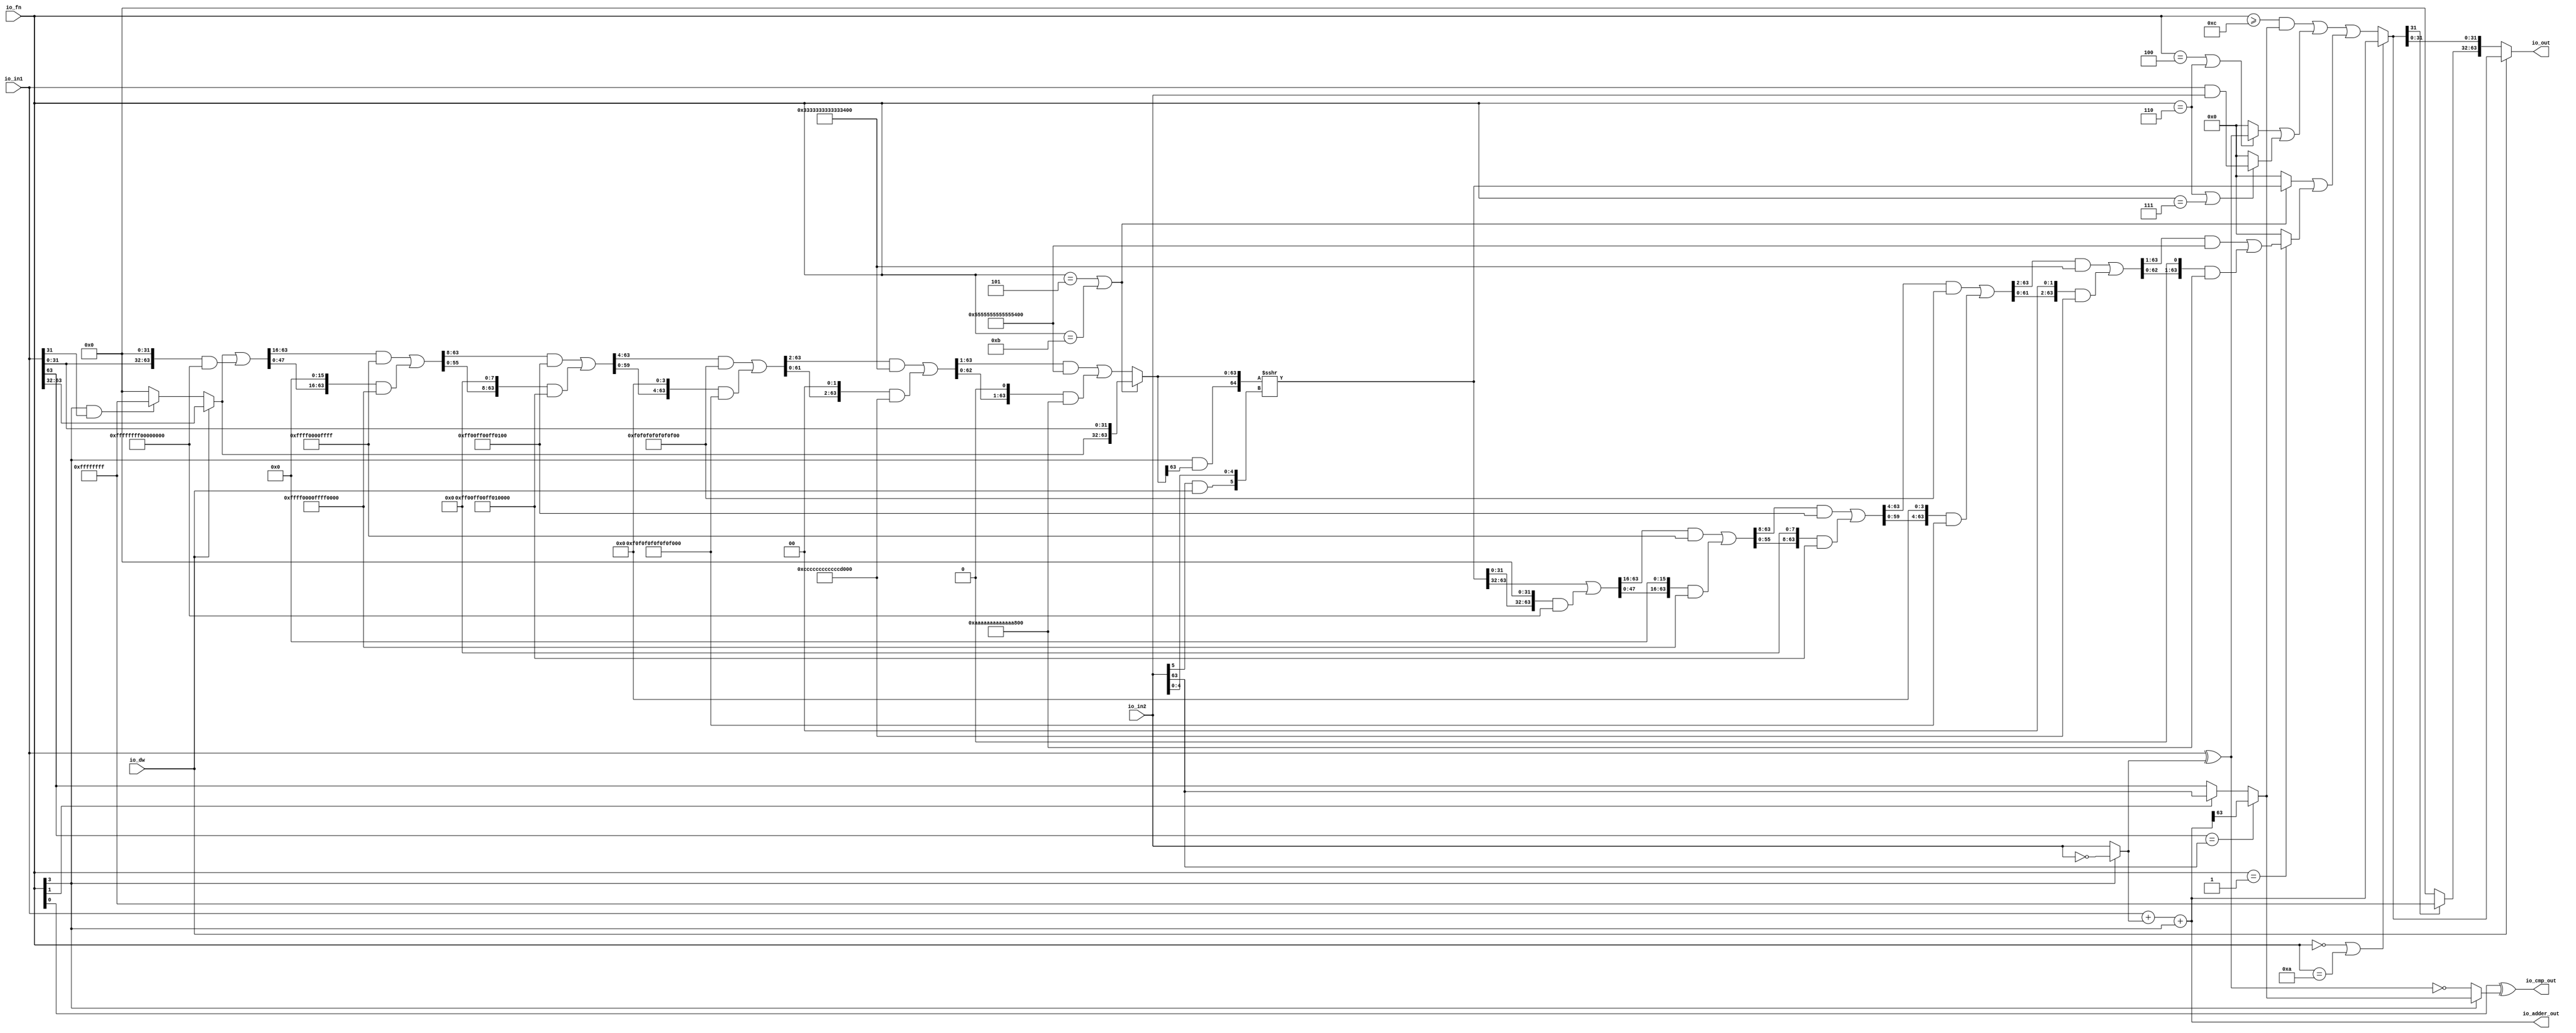
module ALU(
  input         io_dw,
  input  [3:0]  io_fn,
  input  [63:0] io_in2,
  input  [63:0] io_in1,
  output [63:0] io_out,
  output [63:0] io_adder_out,
  output        io_cmp_out
);
  wire [63:0] _in2_inv_T_1 = ~io_in2; // @[ALU.scala 62:35]
  wire [63:0] in2_inv = io_fn[3] ? _in2_inv_T_1 : io_in2; // @[ALU.scala 62:20]
  wire [63:0] in1_xor_in2 = io_in1 ^ in2_inv; // @[ALU.scala 63:28]
  wire [63:0] _io_adder_out_T_1 = io_in1 + in2_inv; // @[ALU.scala 64:26]
  wire [63:0] _GEN_1 = {{63'd0}, io_fn[3]}; // @[ALU.scala 64:36]
  wire  _slt_T_7 = io_fn[1] ? io_in2[63] : io_in1[63]; // @[ALU.scala 69:8]
  wire  slt = (io_in1[63]) == (io_in2[63]) ? io_adder_out[63] : _slt_T_7; // @[ALU.scala 68:8]
  wire  _io_cmp_out_T_2 = ~(io_fn[3]); // @[ALU.scala 44:26]
  wire  _io_cmp_out_T_4 = _io_cmp_out_T_2 ? in1_xor_in2 == 64'h0 : slt; // @[ALU.scala 70:41]
  wire  _shin_hi_32_T_2 = (io_fn[3]) & (io_in1[31]); // @[ALU.scala 77:46]
  wire [31:0] shin_hi_32 = _shin_hi_32_T_2 ? 32'hffffffff : 32'h0; // @[Bitwise.scala 72:12]
  wire [31:0] right = io_dw ? io_in1[63:32] : shin_hi_32; // @[ALU.scala 78:24]
  wire  shamt_right = (io_in2[5]) & io_dw; // @[ALU.scala 79:33]
  wire [4:0] shamt_left = io_in2[4:0]; // @[ALU.scala 79:60]
  wire [5:0] shamt = {shamt_right,shamt_left}; // @[Cat.scala 29:58]
  wire [31:0] left = io_in1[31:0]; // @[ALU.scala 80:34]
  wire [63:0] shin_r = {right,left}; // @[Cat.scala 29:58]
  wire  _shin_T_2 = (io_fn == 4'h5) | (io_fn == 4'hb); // @[ALU.scala 82:35]
  wire [63:0] _shin_T_6 = {{32'd0}, shin_r[63:32]}; // @[Bitwise.scala 103:31]
  wire [63:0] _shin_T_8 = {shin_r[31:0], 32'h0}; // @[Bitwise.scala 103:65]
  wire [63:0] _shin_T_10 = _shin_T_8 & 64'hffffffff00000000; // @[Bitwise.scala 103:75]
  wire [63:0] _shin_T_11 = _shin_T_6 | _shin_T_10; // @[Bitwise.scala 103:39]
  wire [63:0] _GEN_2 = {{16'd0}, _shin_T_11[63:16]}; // @[Bitwise.scala 103:31]
  wire [63:0] _shin_T_16 = _GEN_2 & 64'hffff0000ffff; // @[Bitwise.scala 103:31]
  wire [63:0] _shin_T_18 = {_shin_T_11[47:0], 16'h0}; // @[Bitwise.scala 103:65]
  wire [63:0] _shin_T_20 = _shin_T_18 & 64'hffff0000ffff0000; // @[Bitwise.scala 103:75]
  wire [63:0] _shin_T_21 = _shin_T_16 | _shin_T_20; // @[Bitwise.scala 103:39]
  wire [63:0] _GEN_3 = {{8'd0}, _shin_T_21[63:8]}; // @[Bitwise.scala 103:31]
  wire [63:0] _shin_T_26 = _GEN_3 & 64'hff00ff00ff00ff; // @[Bitwise.scala 103:31]
  wire [63:0] _shin_T_28 = {_shin_T_21[55:0], 8'h0}; // @[Bitwise.scala 103:65]
  wire [63:0] _shin_T_30 = _shin_T_28 & 64'hff00ff00ff00ff00; // @[Bitwise.scala 103:75]
  wire [63:0] _shin_T_31 = _shin_T_26 | _shin_T_30; // @[Bitwise.scala 103:39]
  wire [63:0] _GEN_4 = {{4'd0}, _shin_T_31[63:4]}; // @[Bitwise.scala 103:31]
  wire [63:0] _shin_T_36 = _GEN_4 & 64'hf0f0f0f0f0f0f0f; // @[Bitwise.scala 103:31]
  wire [63:0] _shin_T_38 = {_shin_T_31[59:0], 4'h0}; // @[Bitwise.scala 103:65]
  wire [63:0] _shin_T_40 = _shin_T_38 & 64'hf0f0f0f0f0f0f0f0; // @[Bitwise.scala 103:75]
  wire [63:0] _shin_T_41 = _shin_T_36 | _shin_T_40; // @[Bitwise.scala 103:39]
  wire [63:0] _GEN_5 = {{2'd0}, _shin_T_41[63:2]}; // @[Bitwise.scala 103:31]
  wire [63:0] _shin_T_46 = _GEN_5 & 64'h3333333333333333; // @[Bitwise.scala 103:31]
  wire [63:0] _shin_T_48 = {_shin_T_41[61:0], 2'h0}; // @[Bitwise.scala 103:65]
  wire [63:0] _shin_T_50 = _shin_T_48 & 64'hcccccccccccccccc; // @[Bitwise.scala 103:75]
  wire [63:0] _shin_T_51 = _shin_T_46 | _shin_T_50; // @[Bitwise.scala 103:39]
  wire [63:0] _GEN_6 = {{1'd0}, _shin_T_51[63:1]}; // @[Bitwise.scala 103:31]
  wire [63:0] _shin_T_56 = _GEN_6 & 64'h5555555555555555; // @[Bitwise.scala 103:31]
  wire [63:0] _shin_T_58 = {_shin_T_51[62:0], 1'h0}; // @[Bitwise.scala 103:65]
  wire [63:0] _shin_T_60 = _shin_T_58 & 64'haaaaaaaaaaaaaaaa; // @[Bitwise.scala 103:75]
  wire [63:0] _shin_T_61 = _shin_T_56 | _shin_T_60; // @[Bitwise.scala 103:39]
  wire [63:0] shin = _shin_T_2 ? shin_r : _shin_T_61; // @[ALU.scala 82:17]
  wire  shout_r_right = (io_fn[3]) & (shin[63]); // @[ALU.scala 83:35]
  wire [64:0] _shout_r_T_3 = {shout_r_right,shin}; // @[ALU.scala 83:57]
  wire [64:0] _shout_r_T_4 = $signed(_shout_r_T_3) >>> shamt; // @[ALU.scala 83:64]
  wire [63:0] shout_r = _shout_r_T_4[63:0]; // @[ALU.scala 83:73]
  wire [63:0] _shout_l_T_3 = {{32'd0}, shout_r[63:32]}; // @[Bitwise.scala 103:31]
  wire [63:0] _shout_l_T_5 = {shout_r[31:0], 32'h0}; // @[Bitwise.scala 103:65]
  wire [63:0] _shout_l_T_7 = _shout_l_T_5 & 64'hffffffff00000000; // @[Bitwise.scala 103:75]
  wire [63:0] _shout_l_T_8 = _shout_l_T_3 | _shout_l_T_7; // @[Bitwise.scala 103:39]
  wire [63:0] _GEN_7 = {{16'd0}, _shout_l_T_8[63:16]}; // @[Bitwise.scala 103:31]
  wire [63:0] _shout_l_T_13 = _GEN_7 & 64'hffff0000ffff; // @[Bitwise.scala 103:31]
  wire [63:0] _shout_l_T_15 = {_shout_l_T_8[47:0], 16'h0}; // @[Bitwise.scala 103:65]
  wire [63:0] _shout_l_T_17 = _shout_l_T_15 & 64'hffff0000ffff0000; // @[Bitwise.scala 103:75]
  wire [63:0] _shout_l_T_18 = _shout_l_T_13 | _shout_l_T_17; // @[Bitwise.scala 103:39]
  wire [63:0] _GEN_8 = {{8'd0}, _shout_l_T_18[63:8]}; // @[Bitwise.scala 103:31]
  wire [63:0] _shout_l_T_23 = _GEN_8 & 64'hff00ff00ff00ff; // @[Bitwise.scala 103:31]
  wire [63:0] _shout_l_T_25 = {_shout_l_T_18[55:0], 8'h0}; // @[Bitwise.scala 103:65]
  wire [63:0] _shout_l_T_27 = _shout_l_T_25 & 64'hff00ff00ff00ff00; // @[Bitwise.scala 103:75]
  wire [63:0] _shout_l_T_28 = _shout_l_T_23 | _shout_l_T_27; // @[Bitwise.scala 103:39]
  wire [63:0] _GEN_9 = {{4'd0}, _shout_l_T_28[63:4]}; // @[Bitwise.scala 103:31]
  wire [63:0] _shout_l_T_33 = _GEN_9 & 64'hf0f0f0f0f0f0f0f; // @[Bitwise.scala 103:31]
  wire [63:0] _shout_l_T_35 = {_shout_l_T_28[59:0], 4'h0}; // @[Bitwise.scala 103:65]
  wire [63:0] _shout_l_T_37 = _shout_l_T_35 & 64'hf0f0f0f0f0f0f0f0; // @[Bitwise.scala 103:75]
  wire [63:0] _shout_l_T_38 = _shout_l_T_33 | _shout_l_T_37; // @[Bitwise.scala 103:39]
  wire [63:0] _GEN_10 = {{2'd0}, _shout_l_T_38[63:2]}; // @[Bitwise.scala 103:31]
  wire [63:0] _shout_l_T_43 = _GEN_10 & 64'h3333333333333333; // @[Bitwise.scala 103:31]
  wire [63:0] _shout_l_T_45 = {_shout_l_T_38[61:0], 2'h0}; // @[Bitwise.scala 103:65]
  wire [63:0] _shout_l_T_47 = _shout_l_T_45 & 64'hcccccccccccccccc; // @[Bitwise.scala 103:75]
  wire [63:0] _shout_l_T_48 = _shout_l_T_43 | _shout_l_T_47; // @[Bitwise.scala 103:39]
  wire [63:0] _GEN_11 = {{1'd0}, _shout_l_T_48[63:1]}; // @[Bitwise.scala 103:31]
  wire [63:0] _shout_l_T_53 = _GEN_11 & 64'h5555555555555555; // @[Bitwise.scala 103:31]
  wire [63:0] _shout_l_T_55 = {_shout_l_T_48[62:0], 1'h0}; // @[Bitwise.scala 103:65]
  wire [63:0] _shout_l_T_57 = _shout_l_T_55 & 64'haaaaaaaaaaaaaaaa; // @[Bitwise.scala 103:75]
  wire [63:0] shout_l = _shout_l_T_53 | _shout_l_T_57; // @[Bitwise.scala 103:39]
  wire [63:0] _shout_T_3 = _shin_T_2 ? shout_r : 64'h0; // @[ALU.scala 85:18]
  wire [63:0] _shout_T_5 = io_fn == 4'h1 ? shout_l : 64'h0; // @[ALU.scala 86:18]
  wire [63:0] shout = _shout_T_3 | _shout_T_5; // @[ALU.scala 85:74]
  wire  _logic_T_1 = io_fn == 4'h6; // @[ALU.scala 89:45]
  wire  _logic_T_2 = (io_fn == 4'h4) | (io_fn == 4'h6); // @[ALU.scala 89:36]
  wire [63:0] _logic_T_3 = _logic_T_2 ? in1_xor_in2 : 64'h0; // @[ALU.scala 89:18]
  wire  _logic_T_6 = _logic_T_1 | (io_fn == 4'h7); // @[ALU.scala 90:35]
  wire [63:0] _logic_T_7 = io_in1 & io_in2; // @[ALU.scala 90:63]
  wire [63:0] _logic_T_8 = _logic_T_6 ? _logic_T_7 : 64'h0; // @[ALU.scala 90:18]
  wire [63:0] logic_ = _logic_T_3 | _logic_T_8; // @[ALU.scala 89:78]
  wire  _shift_logic_T = io_fn >= 4'hc; // @[ALU.scala 41:30]
  wire  _shift_logic_T_1 = _shift_logic_T & slt; // @[ALU.scala 91:35]
  wire [63:0] _GEN_12 = {{63'd0}, _shift_logic_T_1}; // @[ALU.scala 91:43]
  wire [63:0] _shift_logic_T_2 = _GEN_12 | logic_; // @[ALU.scala 91:43]
  wire [63:0] shift_logic = _shift_logic_T_2 | shout; // @[ALU.scala 91:51]
  wire  _out_T_2 = (io_fn == 4'h0) | (io_fn == 4'ha); // @[ALU.scala 92:34]
  wire [63:0] out = _out_T_2 ? io_adder_out : shift_logic; // @[ALU.scala 92:16]
  wire  _T = ~io_dw; // @[ALU.scala 97:17]
  wire [31:0] io_out_right = out[31] ? 32'hffffffff : 32'h0; // @[Bitwise.scala 72:12]
  wire [31:0] io_out_left = out[31:0]; // @[ALU.scala 97:66]
  wire [63:0] _io_out_T_2 = {io_out_right,io_out_left}; // @[Cat.scala 29:58]
  assign io_out = _T ? _io_out_T_2 : out; // @[ALU.scala 97:28 ALU.scala 97:37 ALU.scala 94:10]
  assign io_adder_out = _io_adder_out_T_1 + _GEN_1; // @[ALU.scala 64:36]
  assign io_cmp_out = (io_fn[0]) ^ _io_cmp_out_T_4; // @[ALU.scala 70:36]
endmodule